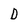
Character: D